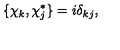
\{ \chi _ { k } , \chi _ { j } ^ { * } \} = i \delta _ { k j } ,